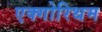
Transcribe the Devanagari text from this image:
एक्गोरिथम